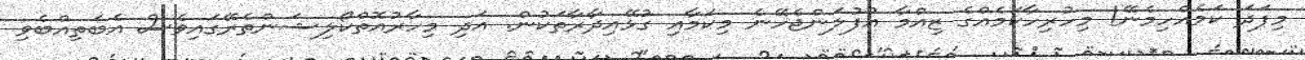
މިފަދަ ކަމެއްހިމެނޭ! މިހުރިހާކަމެއްގެ ޒިއްމާ އުފުލަންޖެހޭނެ މިކަމާއި ގުޅޭއިދާރާތަކުން. އަދި މިހާރުއޮތްކޯލިޝަންތެރޭގައިވެސް އެބަތިއްބެވި